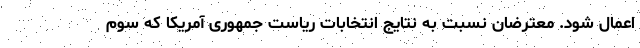
اعمال شود. معترضان نسبت به نتایج انتخابات ریاست جمهوری آمریکا که سوم